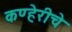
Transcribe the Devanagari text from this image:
कण्हेरीचे